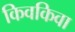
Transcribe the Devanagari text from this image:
किवकिवा